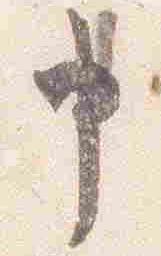
申